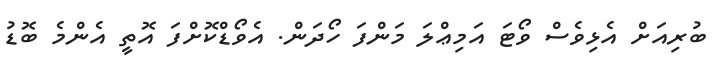
ބުރިއަށް އެޅިވެސް ވޯޓަަ އަމިޢްލަ މަންފަ ހޯދަން. އެވޯޑްކޮށްފަ އޮތީ އެންމެ ބޮޑު